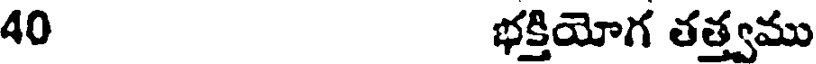
40 భక్తియోగ తత్త్వము